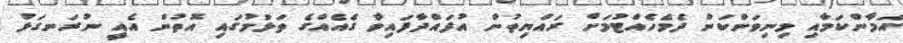
އަމާންކަމާއި މިނިވަންކަން ދެމެހެއްޓުމަށް ރައްޔިތުން އުފައްދާފައިވާ ގެއެއްގެ ތަޅުމުގައި އޮތުން އެއީ ނުރަނގަޅު